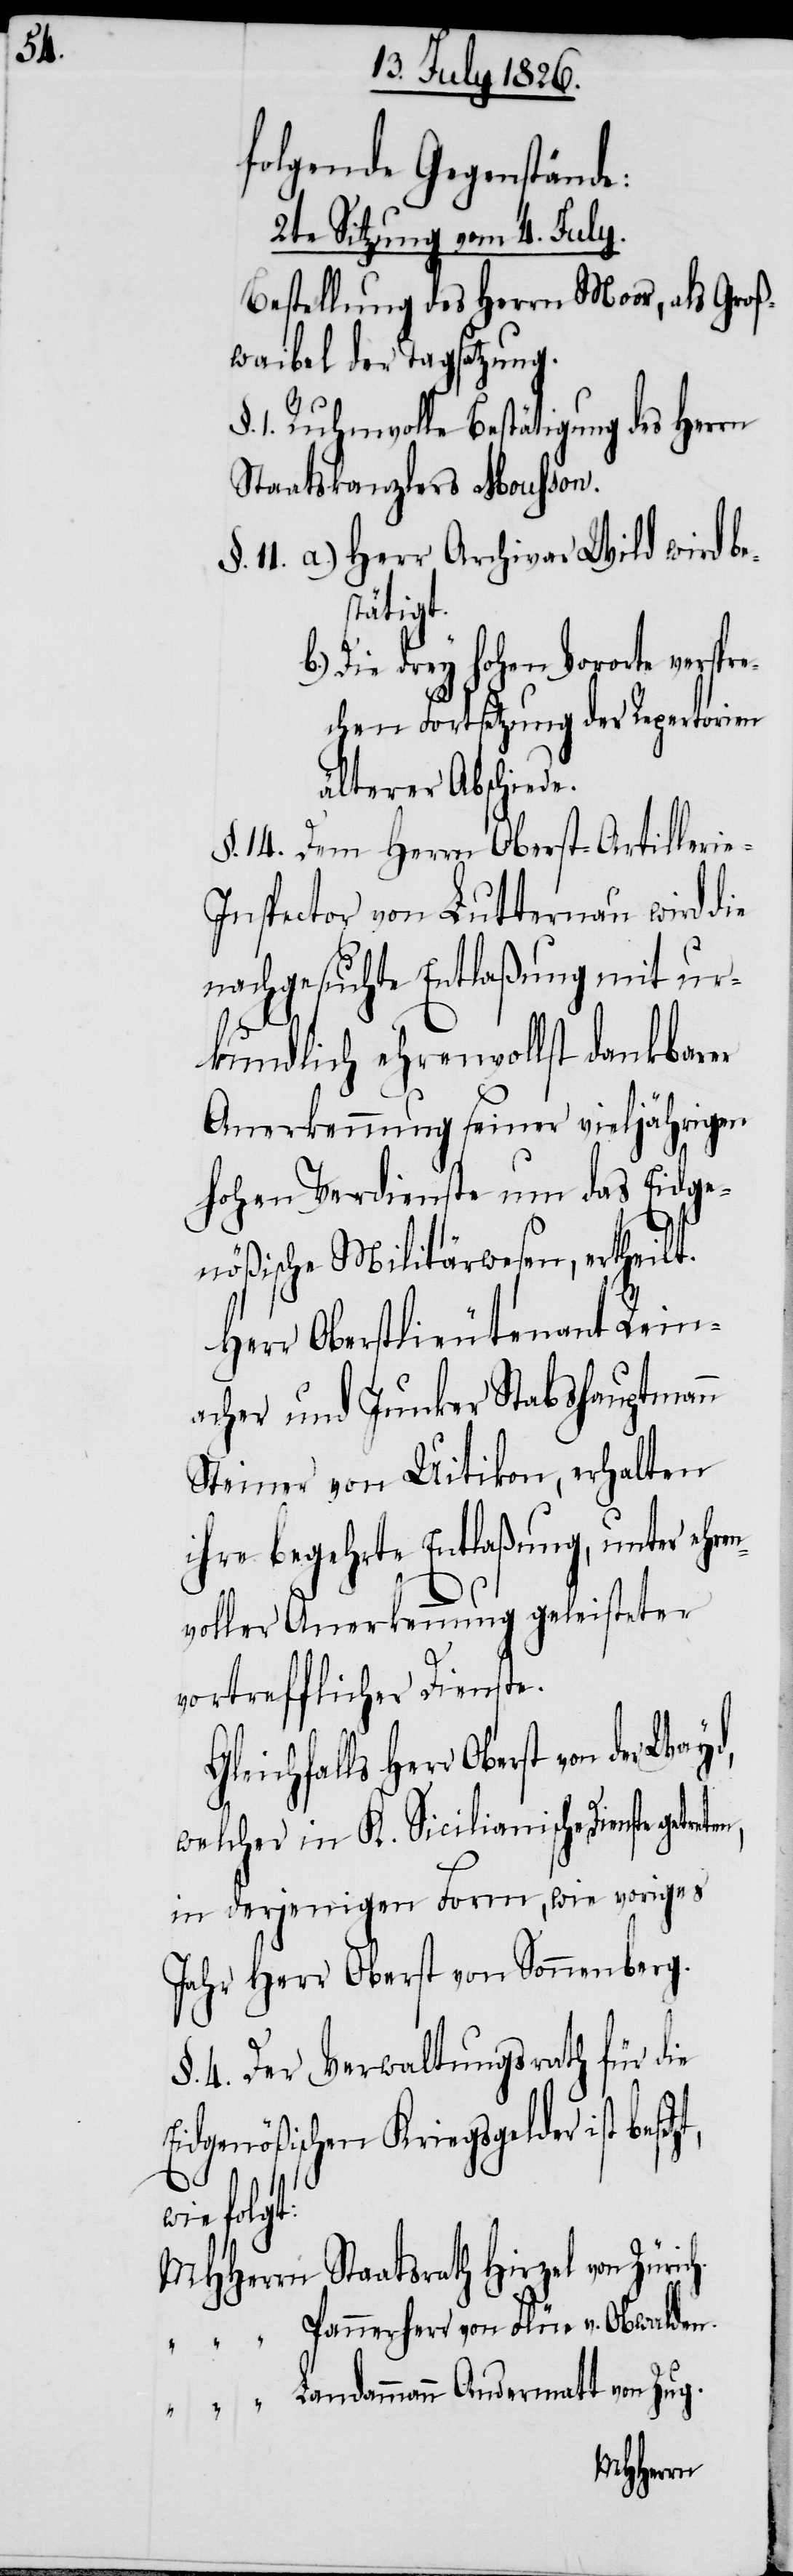
G¬

folgende Gegenstände:
2te Sitzung vom 4. July.
Bestellung des Herrn Moor, als Groß¬
waibel der Tagsatzung.
1. Ruhmvolle Bestätigung des Herrn
Staatskanzlers Mousson.
11. 	a.) Herr Archivar Wild wird b¬
tätigt.
Die drey hohen Vororte verspr¬
echen Fortsetzung der Repertorien
älterer Abschiede.
§. 14. Dem Herrn Oberst-Artilleri¬
e-Inspector von Lutternau wird die
nachgesuchte Entlaßung mit ur¬
kundlich ehrenvollst dankbarer
Anerkennung seiner vieljährigen
hohen Verdienste um das Eidge¬
nößische Militärwesen, ertheilt.
Herr Oberstlieutenant Rein¬
acher und Junker Stabshauptmann
Steiner von Uitikon, erhalten
ihre begehrte Entlaßung unter ehre¬
nvoller Anerkennung geleisteter
vortrefflicher Dienste.
leichfalls Herr Oberst von der
welcher in K. Sicilianische Dienste
in derjenigen Form, wie voriges
Jahr Herr Oberst von Sonnenberg.
§. 4. Der Verwaltungsrath für die
Eidgenößischen Kriegsgelder ist
besetzt,
MHHerrn 	Staatsrath Hirzel von Zürich
Pannerherr von Flüe u. Obwalden.
Landammann Andermatt von Zug.